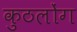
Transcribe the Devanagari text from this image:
कुठलोंग